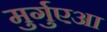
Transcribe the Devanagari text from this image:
मुर्गुएआ